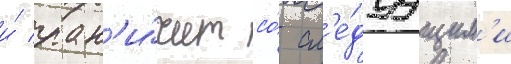
и́ гран'и́чит со́ сл'е́дуущим'и